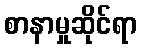
စာနာမှုဆိုင်ရာ